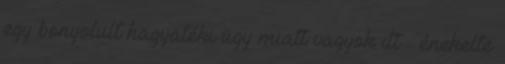
egy bonyolult hagyatéki ügy miatt vagyok itt – énekelte